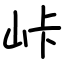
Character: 𡶛